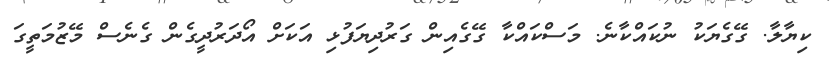
ކިޔާލާ. ގޭގެޔަކު ނުކައްކާނެ. މަސްކައްކާ ގޭގެއިން ގަރުދިޔަފުޅި އަކަށް އޯދަރުދީގެން ގެނެސް މޭޒުމަތީގަ